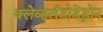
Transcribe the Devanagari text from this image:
क्लेव्हलँडोडेंड्रोन